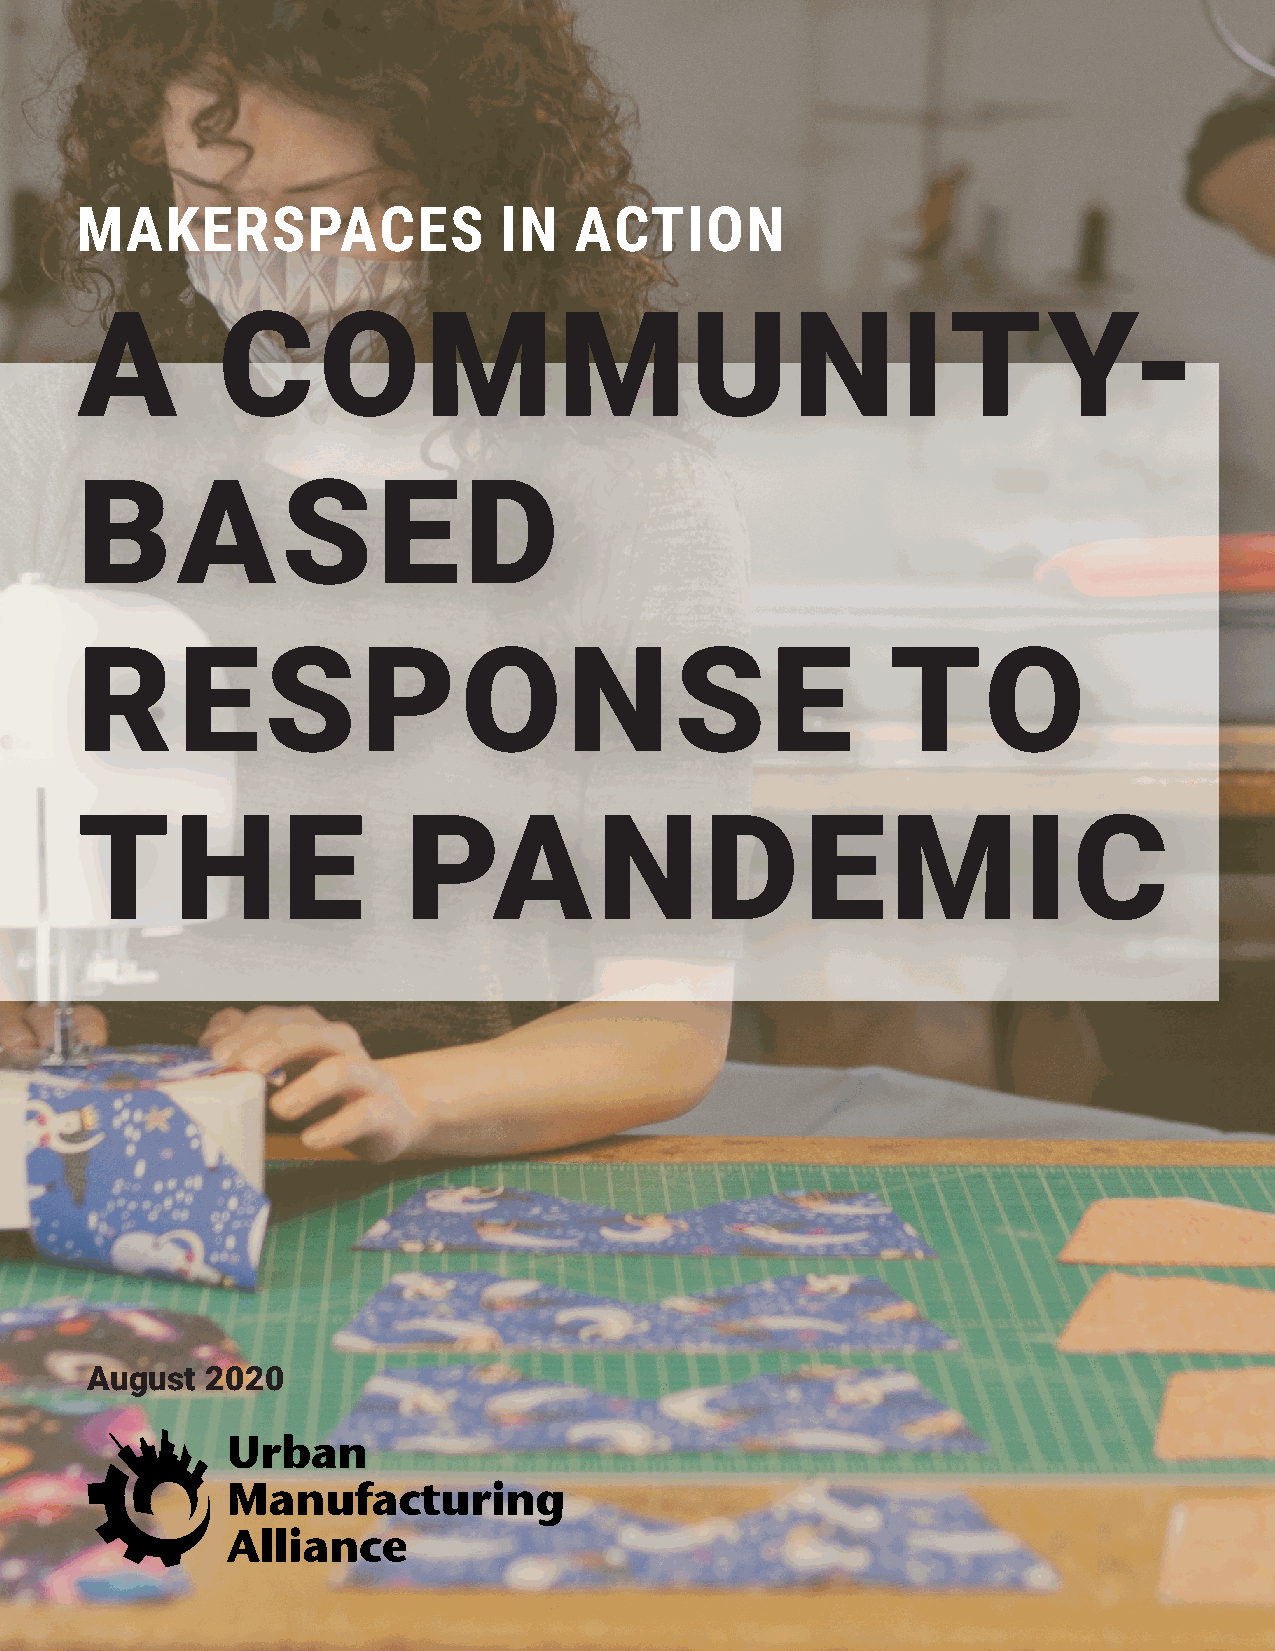
MAKERSPACES                 IN   ACTION
 A        COMMUNIT                                               Y-
 BASED
 RESPONSE                                              TO
 THE                   PANDEMIC
 August  2020